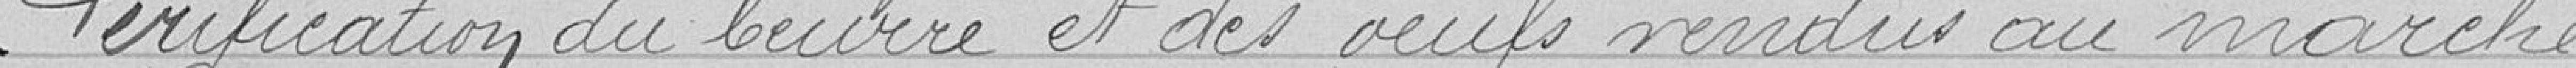
Vérification du beurre et des œufs vendus au marché